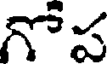
గోప